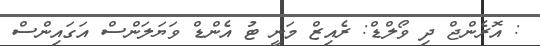
: އޮރެންޖް ދި ވޯލްޑް: ރެއިޒް މަނީ ޓު އެންޑް ވަޔަލަންސް އަގައިންސް